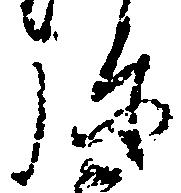
弥